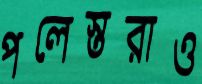
পলেস্তরাও